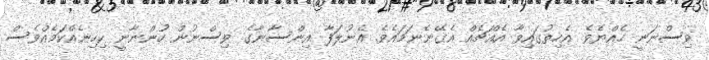
ވިސްނަނީ ހެއްޔެވެ. އެހިތުގައިވާ އެއްޗެއް އެގޭނެނަމައެވެ. އެނުލަފާ އިންސާނާގެ ވިސްނުން ހުންނާނީ ކިހިނެއްކަމެއްވެސް